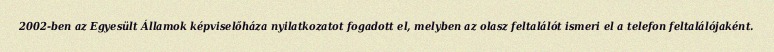
2002-ben az Egyesült Államok képviselőháza nyilatkozatot fogadott el, melyben az olasz feltalálót ismeri el a telefon feltalálójaként.